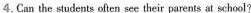
4.Can the students often see their parents at school?